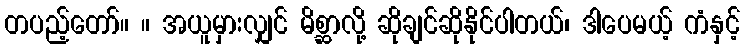
တပည့်တော်။ ။ အယူမှားလျှင် မိစ္ဆာလို့ ဆိုချင်ဆိုနိုင်ပါတယ်၊ ဒါပေမယ့် ကံနှင့်